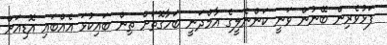
ފަޅުވެރިން ބޭނުން ވަނީ ކަންނެލީގެ އާމްދަނީ ބަހާގޮތަށް ތިން ބައިކުޅަ އެއްބައި އޮޑިއަށް